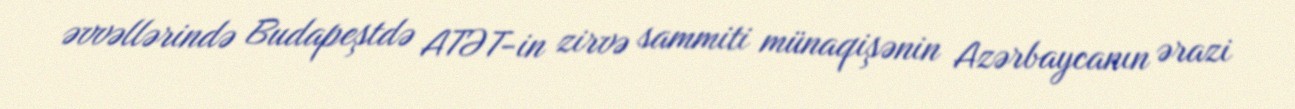
əvvəllərində Budapeştdə ATƏT-in zirvə sammiti münaqişənin Azərbaycanın ərazi